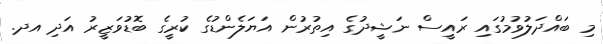
މި ބައްދަލުވުމުގައި ރައީސް ނަޝީދުގެ އިތުރުން އަޔަލެންޑުގެ ކުރީގެ ބޮޑުވަޒީރު އަދި އދ.